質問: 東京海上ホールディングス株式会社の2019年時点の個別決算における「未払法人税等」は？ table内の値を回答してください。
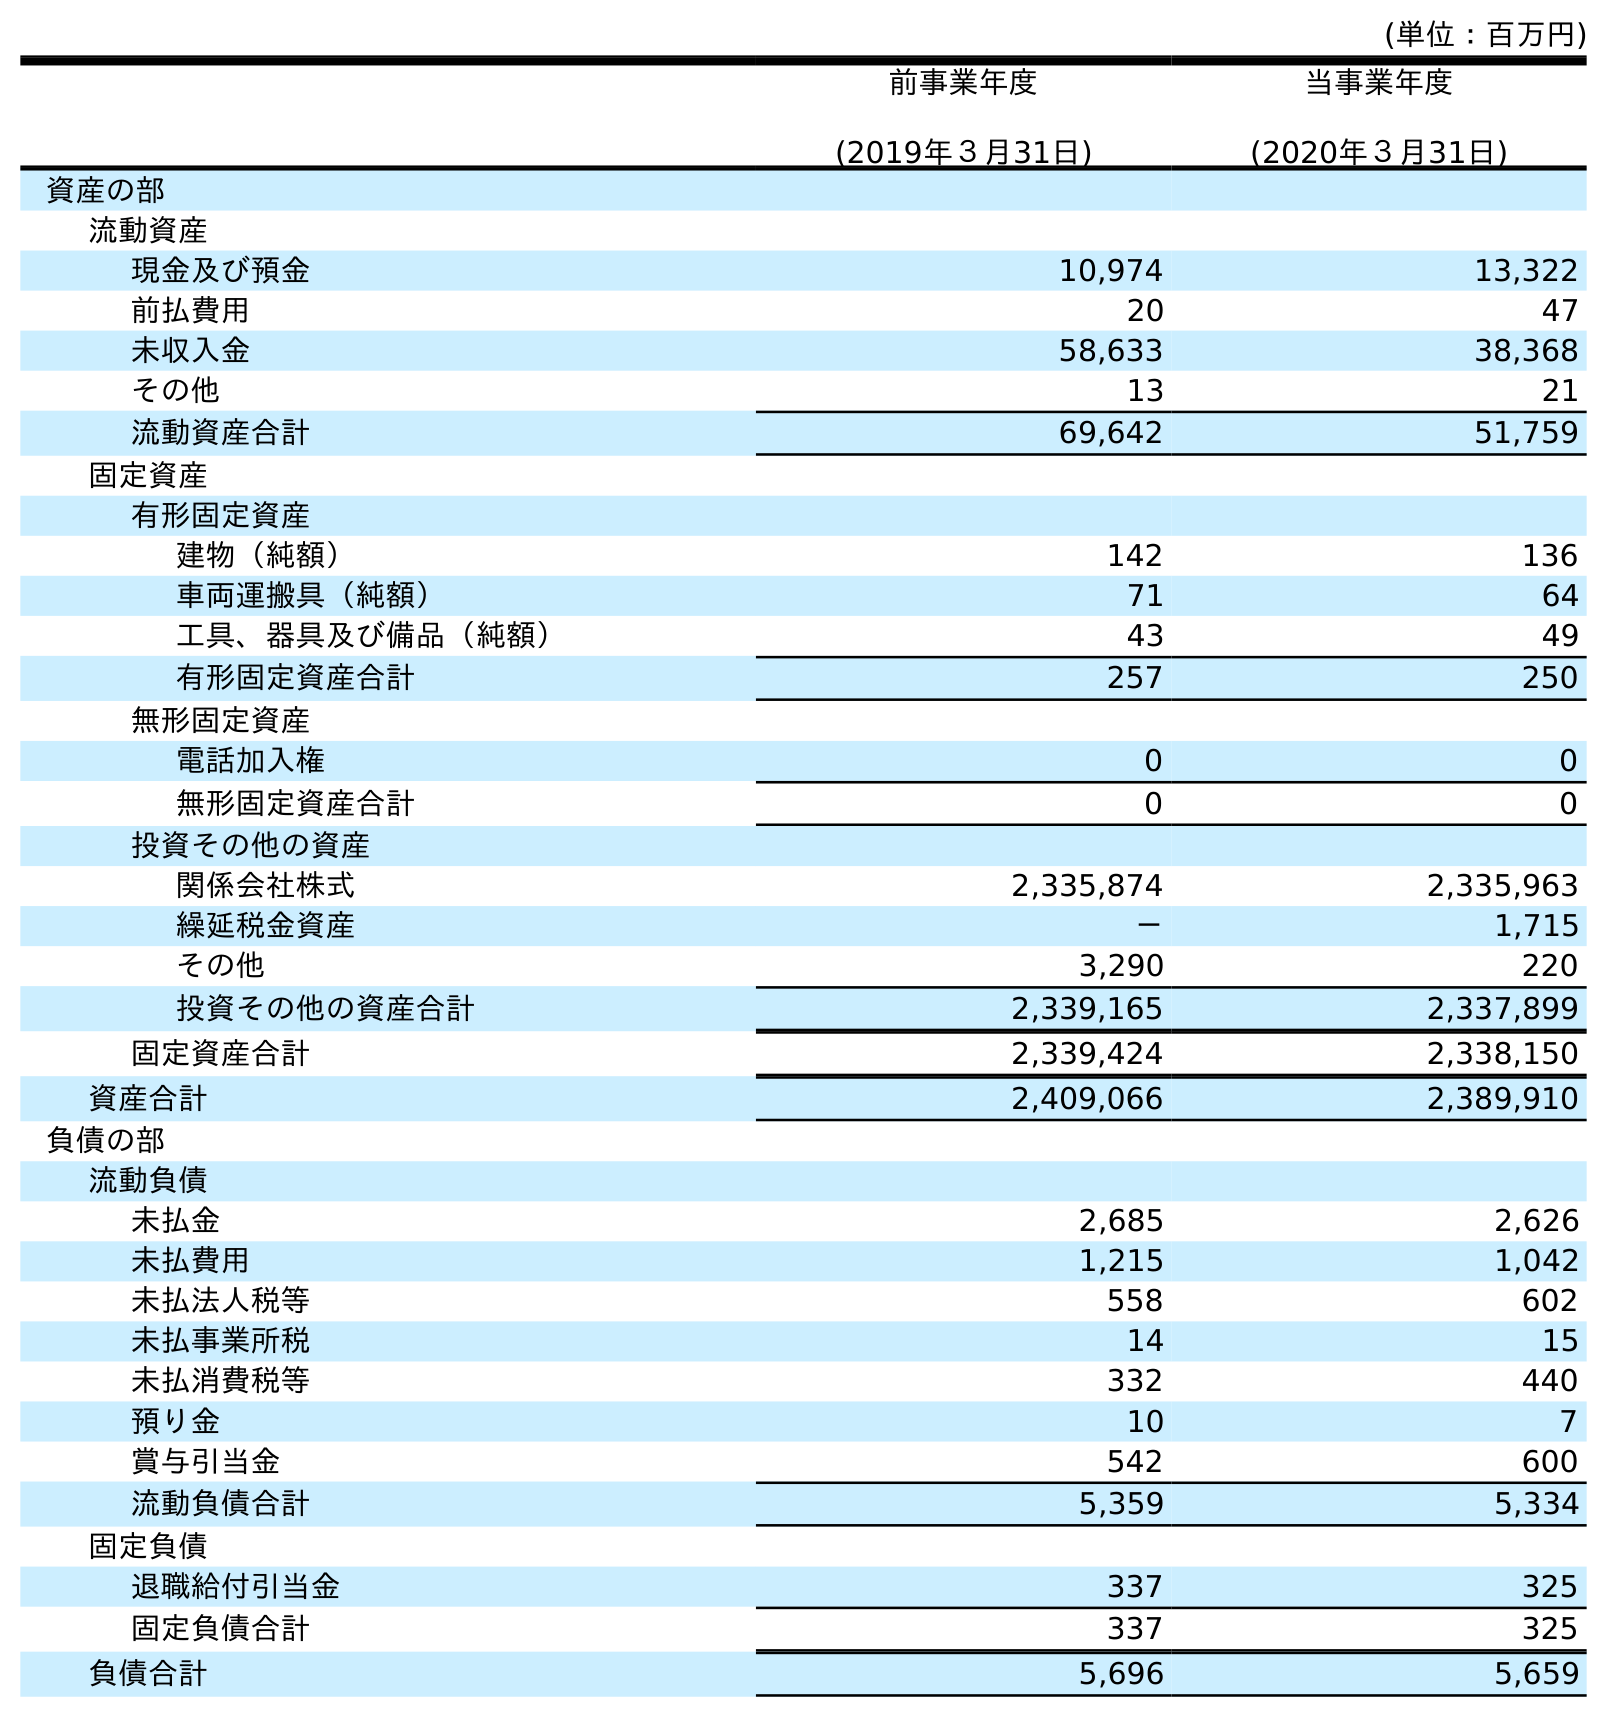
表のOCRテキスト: (単位：百万円) 前事業年度 (2019年３月31日) 当事業年度 (2020年３月31日) 資産の部 流動資産 現金及び預金 10,974 13,322 前払費用 20 47 未収入金 58,633 38,368 その他 13 21 流動資産合計 69,642 51,759 固定資産 有形固定資産 建物（純額） 142 136 車両運搬具（純額） 71 64 工具、器具及び備品（純額） 43 49 有形固定資産合計 257 250 無形固定資産 電話加入権 0 0 無形固定資産合計 0 0 投資その他の資産 関係会社株式 2,335,874 2,335,963 繰延税金資産 － 1,715 その他 3,290 220 投資その他の資産合計 2,339,165 2,337,899 固定資産合計 2,339,424 2,338,150 資産合計 2,409,066 2,389,910 負債の部 流動負債 未払金 2,685 2,626 未払費用 1,215 1,042 未払法人税等 558 602 未払事業所税 14 15 未払消費税等 332 440 預り金 10 7 賞与引当金 542 600 流動負債合計 5,359 5,334 固定負債 退職給付引当金 337 325 固定負債合計 337 325 負債合計 5,696 5,659
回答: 558